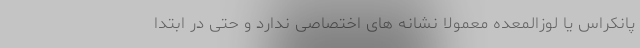
پانکراس یا لوزالمعده معمولا نشانه های اختصاصی ندارد و حتی در ابتدا